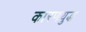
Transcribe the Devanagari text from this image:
कारणयुद्ध